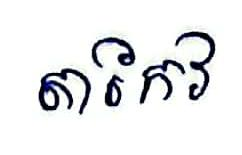
តាកែវ